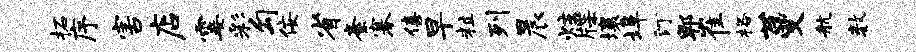
柘序害店霎彩勾佞省紊搴僖早粒列晨炷牒壤埠汀郫崔格蔓航数